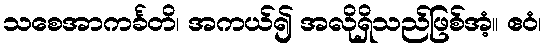
သစေအာကင်္ခတိ၊ အကယ်၍ အလိုရှိသည်ဖြစ်အံ့။ ဧဝံ၊